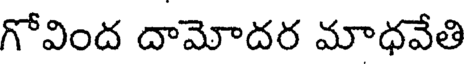
గోవింద దామోదర మాధవేతి